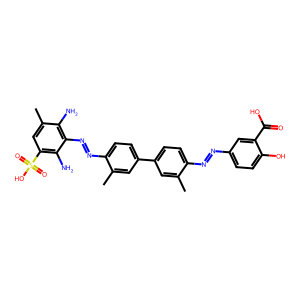
SMILES: Cc1cc(-c2ccc(N=Nc3c(N)c(C)cc(S(=O)(=O)O)c3N)c(C)c2)ccc1N=Nc1ccc(O)c(C(=O)O)c1
Inhibits HIV replication: Yes